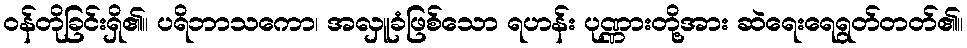
ဝန်တိုခြင်းရှိ၏။ ပရိဘာသကော၊ အလှူခံဖြစ်သော ရဟန်း ပုဏ္ဏားတို့အား ဆဲရေးရေရွတ်တတ်၏။